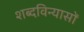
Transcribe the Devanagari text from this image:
शब्दविन्यासों